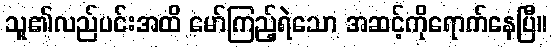
သူ၏လည်ပင်းအထိ မော်ကြည့်ရဲသော အဆင့်ကိုရောက်နေပြီ။